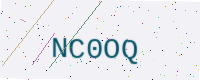
Text: NC0OQ